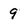
Character: 9